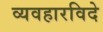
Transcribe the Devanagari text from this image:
व्यवहारविदे